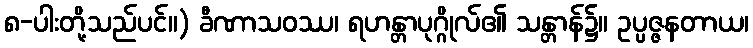
၈-ပါးတို့သည်ပင်။) ခီဏာသဝဿ၊ ရဟန္တာပုဂ္ဂိုလ်၏ သန္တာန်၌။ ဥပ္ပဇ္ဇနတာယ၊